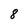
Character: 8